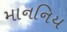
માનનિય